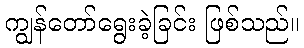
ကျွန်တော်ရွေးခဲ့ခြင်း ဖြစ်သည်။